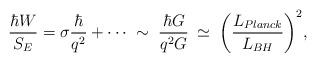
LaTeX: \begin{align*}\frac{\hbar W}{S_E}= \sigma\frac{\hbar}{ q^2}+\cdots\;\sim\;\frac{\hbar G}{q^2 G}\:\simeq\;\biggl( \frac{L_{Planck}}{L_{BH}}\biggr)^2,\end{align*}